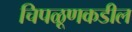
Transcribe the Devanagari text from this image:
चिपळूणकडील